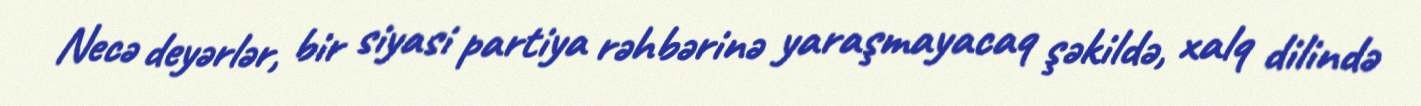
Necə deyərlər, bir siyasi partiya rəhbərinə yaraşmayacaq şəkildə, xalq dilində